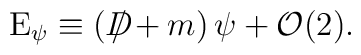
{\rm E}_{\psi }\equiv \left( D\!\!\!\!\slash+m\right) \psi +{\cal O}(2).